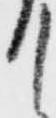
て